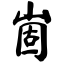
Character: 崮